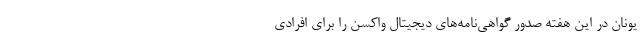
یونان در این هفته صدور گواهی‌نامه‌های دیجیتال واکسن را برای افرادی